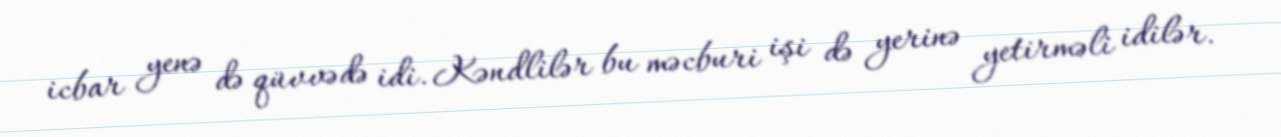
icbar yenə də qüvvədə idi. Kəndlilər bu məcburi işi də yerinə yetirməli idilər.